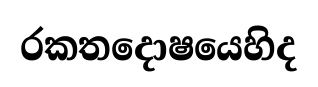
රකතදොෂයෙහිද